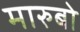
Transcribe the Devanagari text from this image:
मारुबो